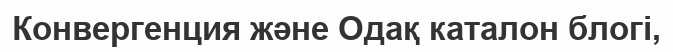
Конвергенция және Одақ каталон блогі,